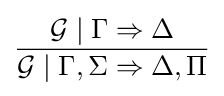
{\frac {{\mathcal {G}}\mid \Gamma \Rightarrow \Delta }{{\mathcal {G}}\mid \Gamma ,\Sigma \Rightarrow \Delta ,\Pi }}